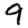
Digit: 9